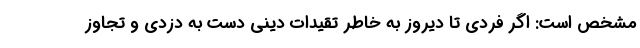
مشخص است: اگر فردی تا دیروز به خاطر تقیدات دینی دست به دزدی و تجاوز